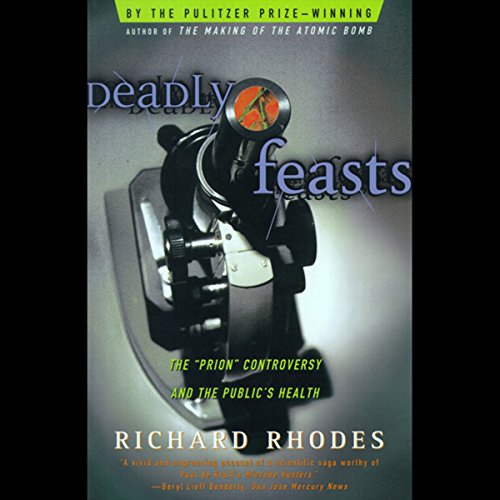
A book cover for Deadly Feasts: Tracking the Secrets of a Terrifying New Plague; Richard Rhodes; Medical Books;